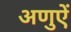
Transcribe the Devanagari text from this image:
अणुऐं